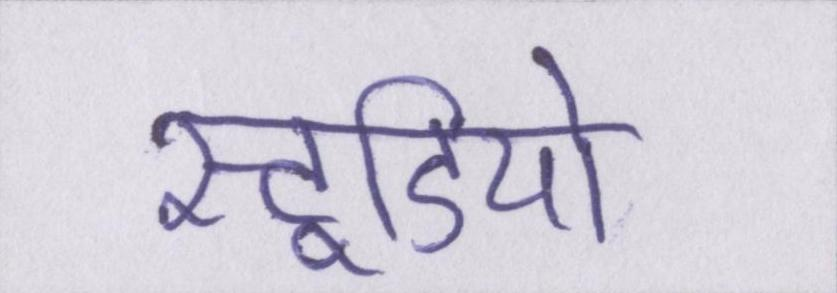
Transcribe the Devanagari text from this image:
स्टूडियो